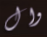
وال